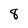
Character: 8